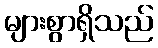
များစွာရှိသည်